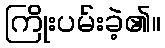
ကြိုးပမ်းခဲ့၏။